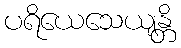
ပရိယေသေယျန္တိ